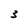
Character: 3